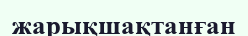
жарықшақтанған